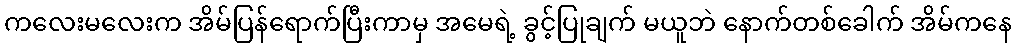
ကလေးမလေးက အိမ်ပြန်ရောက်ပြီးကာမှ အမေရဲ့ ခွင့်ပြုချက် မယူဘဲ နောက်တစ်ခေါက် အိမ်ကနေ